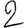
Digit: 2